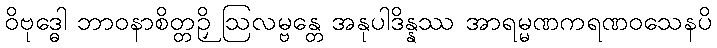
ဝိဗုဒ္ဓေါ ဘာဝနာစိတ္တဉှိ ဩလမ္ဗန္တေ အနုပါဒိန္နဿ အာရမ္မဏကရဏဝသေနပိ